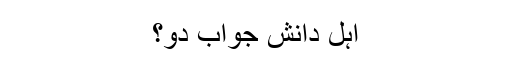
اہل دانش جواب دو؟